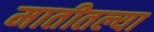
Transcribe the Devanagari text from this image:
मातीतल्या